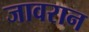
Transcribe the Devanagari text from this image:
जावरान